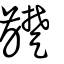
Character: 齼